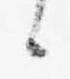
候